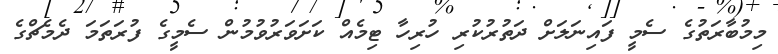
މިމުބާރަތުގެ ސެމީ ފައިނަލަށް ދަތުރުކުރި ހުރިހާ ޓިމެއް ކަށަވަރުވުމުން ސެމީގެ ފުރަތަމަ ދެމެޗްގެ